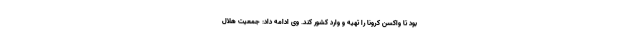
بود تا واکسن کرونا را تهیه و وارد کشور کند. وی ادامه داد: جمعیت هلال